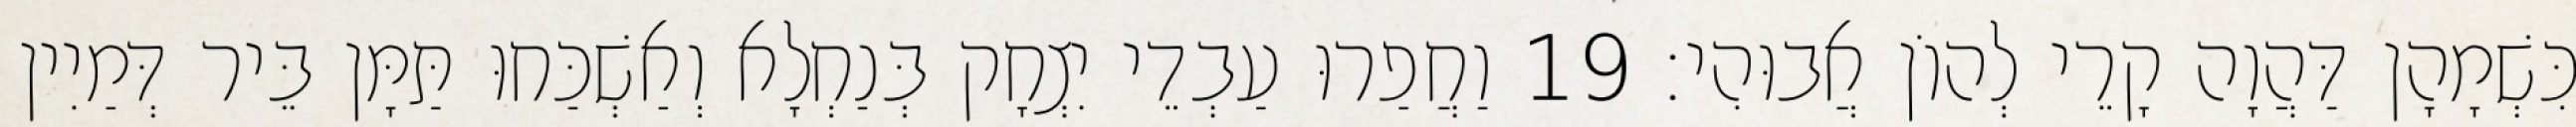
כִּשְׁמָהָן דַּהֲוָה קָרֵי לְהוֹן אֲבוּהִי׃ 19 וַחֲפַרוּ עַבְדֵי יִצְחָק בְּנַחְלָא וְאַשְׁכַּחוּ תַּמָּן בֵּיר דְּמַיִין